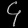
Digit: ၄